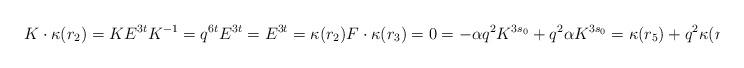
LaTeX: \begin{align*}K \cdot \kappa(r_2) = K E^{3t} K^{-1} = q^{6t} E^{3t} = E^{3t} = \kappa(r_2) F \cdot \kappa(r_3) = 0 = -\alpha q^2 K^{3s_0} + q^2 \alpha K^{3s_0} = \kappa(r_5) + q^2 \kappa(r_4).\end{align*}